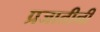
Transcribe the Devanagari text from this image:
प्रजातीनी